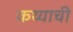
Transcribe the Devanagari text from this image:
कथ्याची